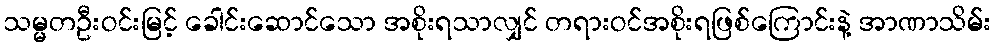
သမ္မတဦးဝင်းမြင့် ခေါင်းဆောင်သော အစိုးရသာလျှင် တရားဝင်အစိုးရဖြစ်ကြောင်းနဲ့ အာဏာသိမ်း